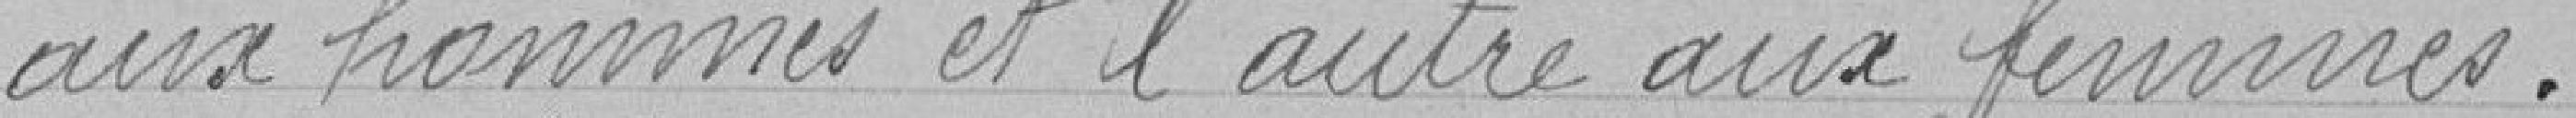
aux hommes et l'autre aux femmes.